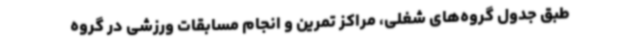
طبق جدول گروه‌های شغلی، مراکز تمرین و انجام مسابقات ورزشی در گروه